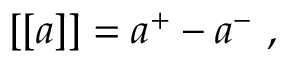
[ [ a ] ] = a ^ { + } - a ^ { - } \mathrm { ~ , ~ }